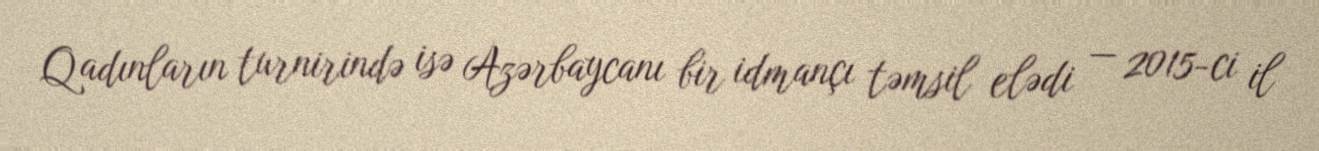
Qadınların turnirində isə Azərbaycanı bir idmançı təmsil elədi — 2015-ci il